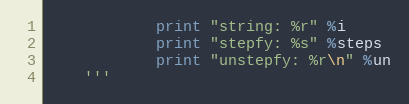
Language: Python
            print "string: %r" %i
            print "stepfy: %s" %steps
            print "unstepfy: %r\n" %un
    '''